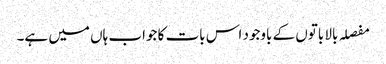
مفصلہ بالا باتوں کے باوجود اس بات کا جواب ہاں میں ہے۔